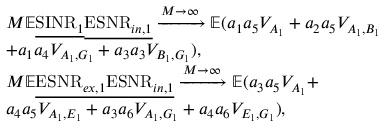
\begin{array} { r l } & { M \mathbb { E } \underline { { \mathrm { S I N R } _ { 1 } } } \underline { { \mathrm { E S N R } _ { i n , 1 } } } \xrightarrow [ ] { M \rightarrow \infty } \mathbb { E } ( a _ { 1 } a _ { 5 } V _ { A _ { 1 } } + a _ { 2 } a _ { 5 } V _ { A _ { 1 } , B _ { 1 } } } \\ & { + a _ { 1 } a _ { 4 } V _ { A _ { 1 } , G _ { 1 } } + a _ { 3 } a _ { 3 } V _ { B _ { 1 } , G _ { 1 } } ) , } \\ & { M \mathbb { E } \underline { { \mathrm { E S N R } _ { e x , 1 } } } \underline { { \mathrm { E S N R } _ { i n , 1 } } } \xrightarrow [ ] { M \rightarrow \infty } \mathbb { E } ( a _ { 3 } a _ { 5 } V _ { A _ { 1 } } + } \\ & { a _ { 4 } a _ { 5 } V _ { A _ { 1 } , E _ { 1 } } + a _ { 3 } a _ { 6 } V _ { A _ { 1 } , G _ { 1 } } + a _ { 4 } a _ { 6 } V _ { E _ { 1 } , G _ { 1 } } ) , } \end{array}